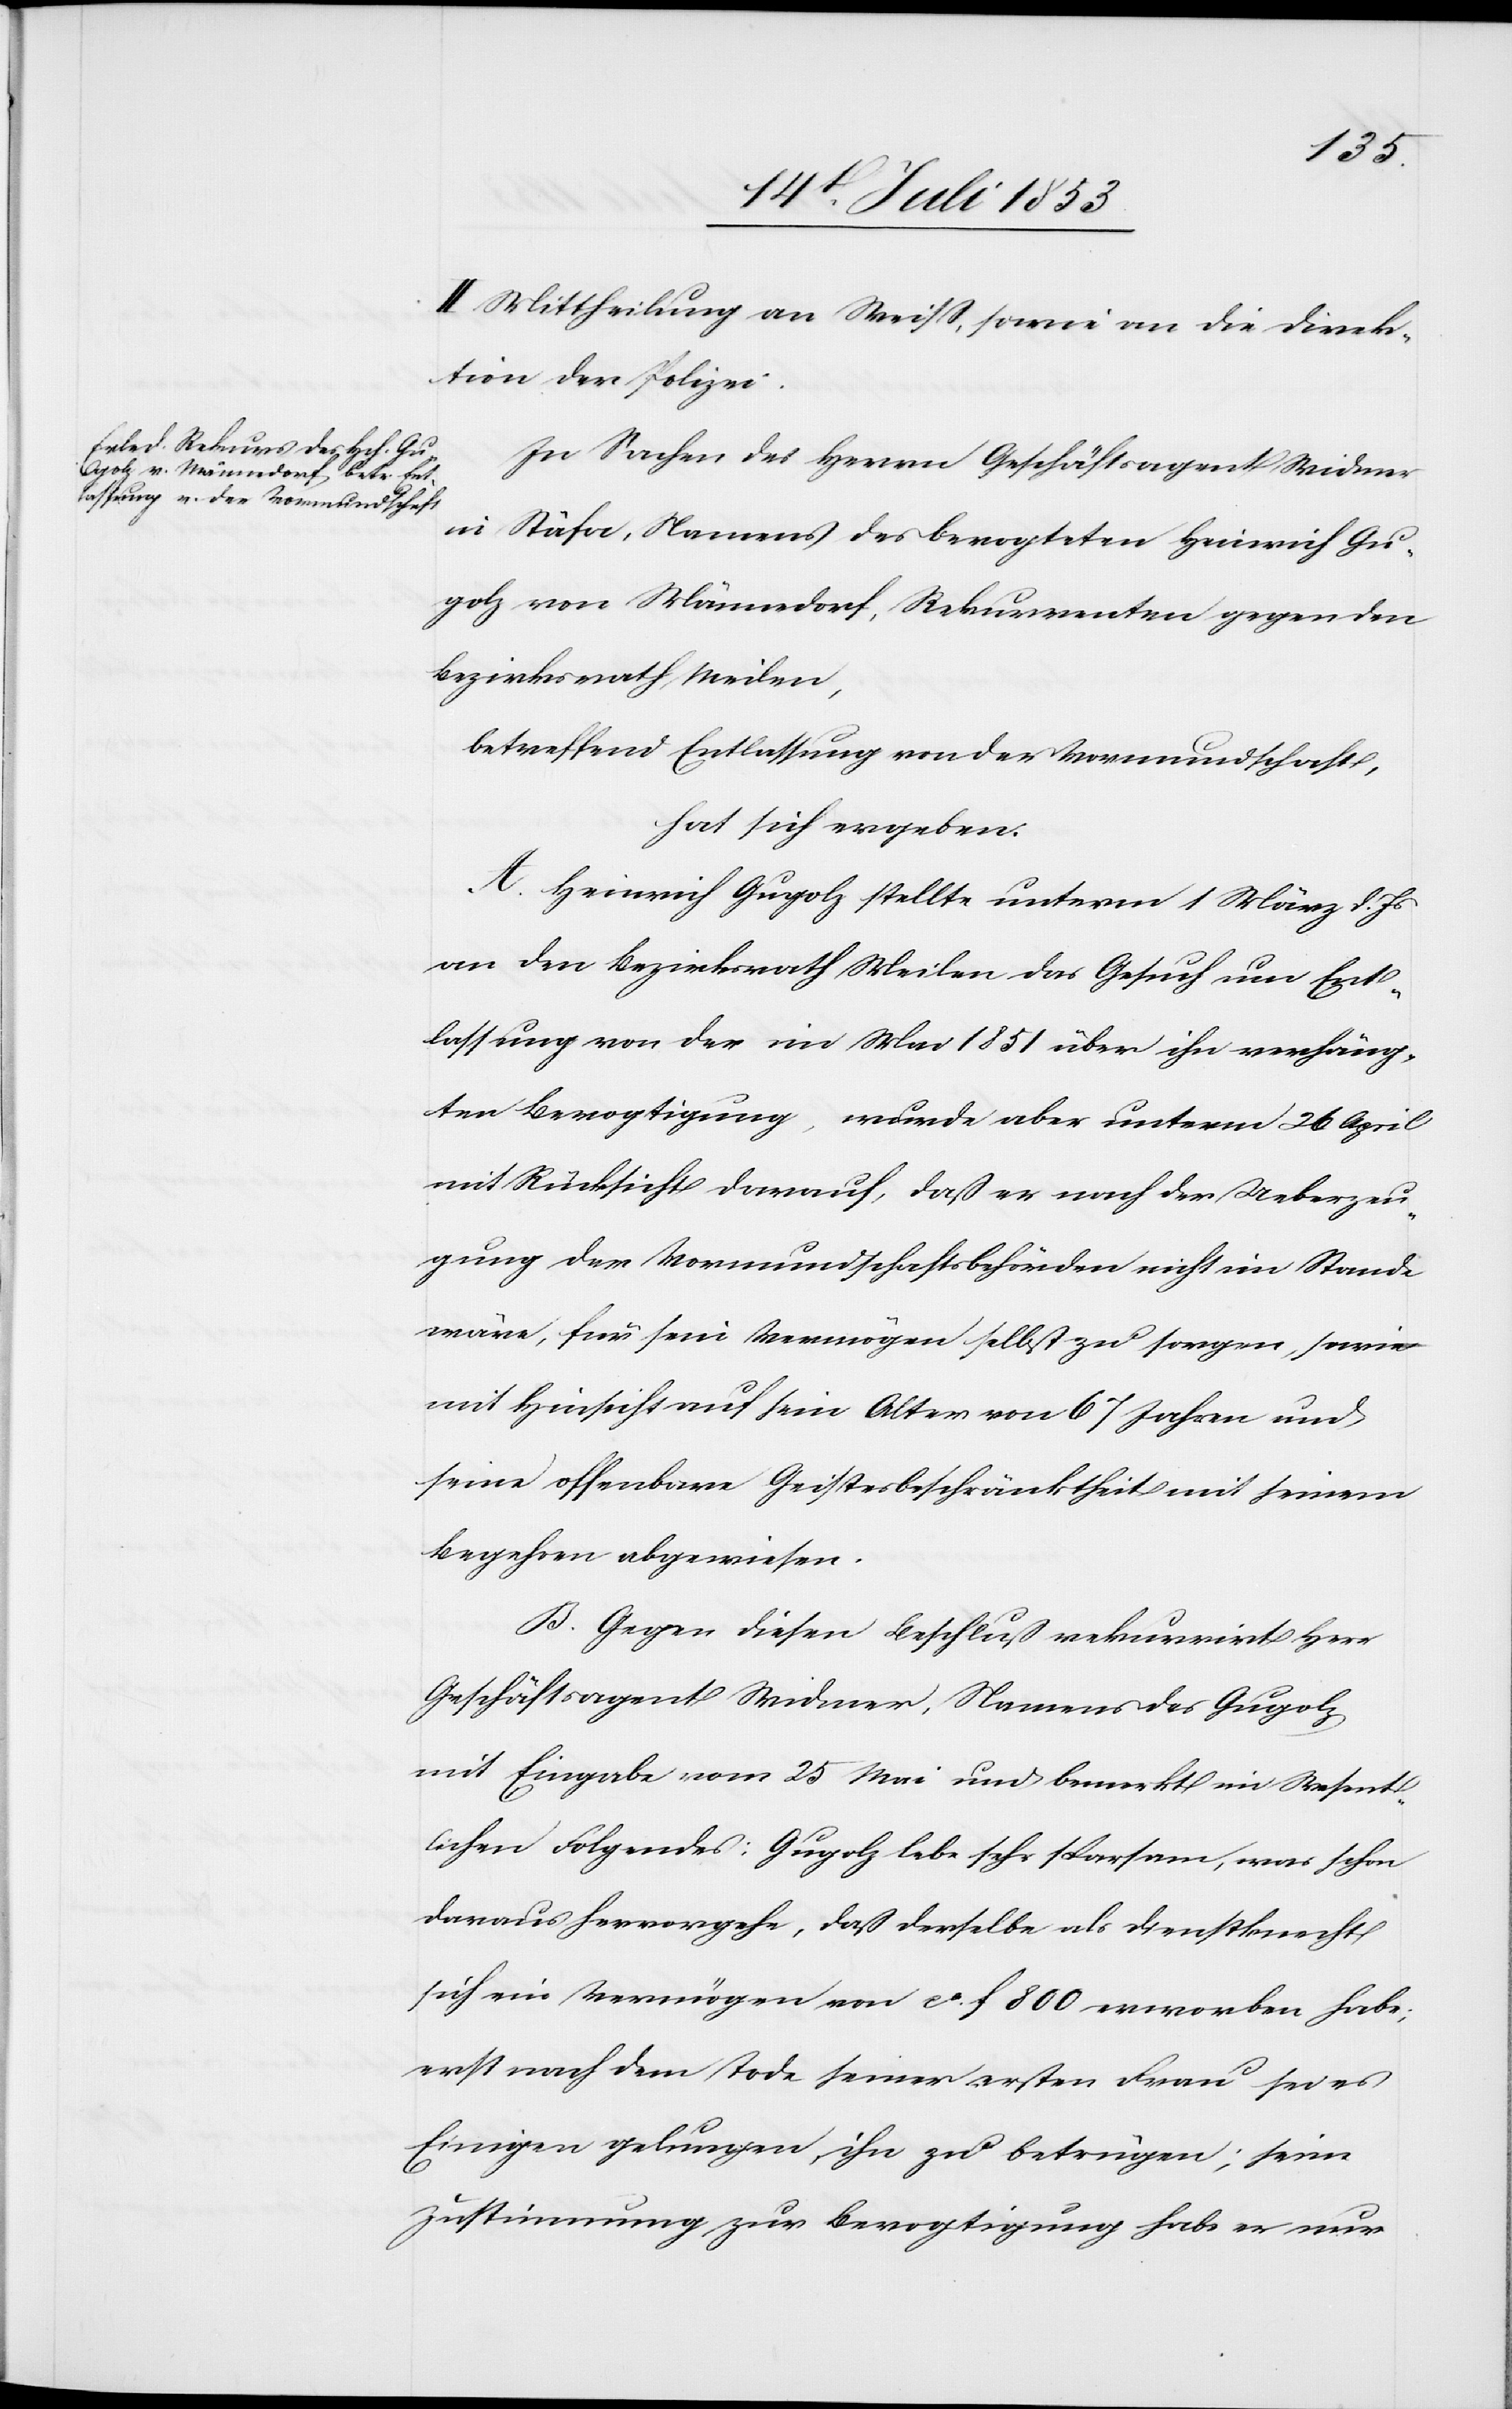
II. Mittheilung an Weiß, sowie an die Direk¬
tion der Polizei.
In Sachen des Herrn Geschäftsagent Widmer
in Stäfa, Namens des bevogteten Heinrich Gu¬
golz von Männedorf, Rekurrenten gegen den
Bezirksrath Meilen,
betreffend Entlassung von der Vormundschaft,
hat sich ergeben:
A. Heinrich Gugolz stellte unterm 1 März l. Js.
an den Bezirksrath Meilen das Gesuch um Ent¬
lassung von der im Mai 1851 über ihn verhäng¬
ten Bevogtigung, wurde aber unterm 26 April
mit Rücksicht darauf, daß er nach der Ueberzeu¬
gung der Vormundschaftsbehörden nicht im Stande
wäre, für sein Vermögen selbst zu sorgen, seiner
mit Hinsicht auf sein Alter von 6 Jahren und
seine offenbare Geistesbeschränktheit mit seinem
Begehren abgewiesen.
B. Gegen diesen Beschluß rekurrirt Herr
Geschäftsagent Widmer, Namens des Gugolz
mit Eingabe vom 25 Mai und bemerkt im Wesent¬
liches Folgendes: Gugolz lebe sehr sparsam, was schon
daraus hervorgehe, daß derselbe als Dienstknecht
sich ein Vermögen von ca f 800 erworben habe;
erst nach dem Tode seiner ersten Frau sei es
Einigen gelungen ihn zu betrügen; seine
Zustimmung zur Bevogtigung habe er nur